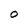
Character: O